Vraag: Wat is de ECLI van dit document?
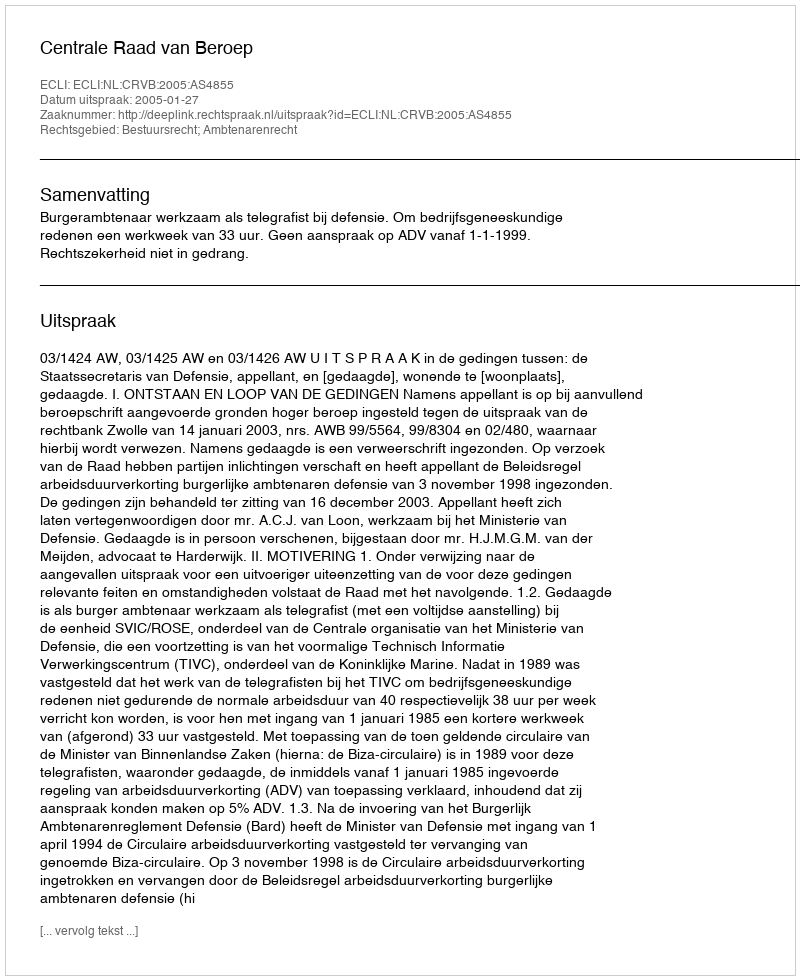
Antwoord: ECLI:NL:CRVB:2005:AS4855